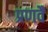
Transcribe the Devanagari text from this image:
प्रणवै